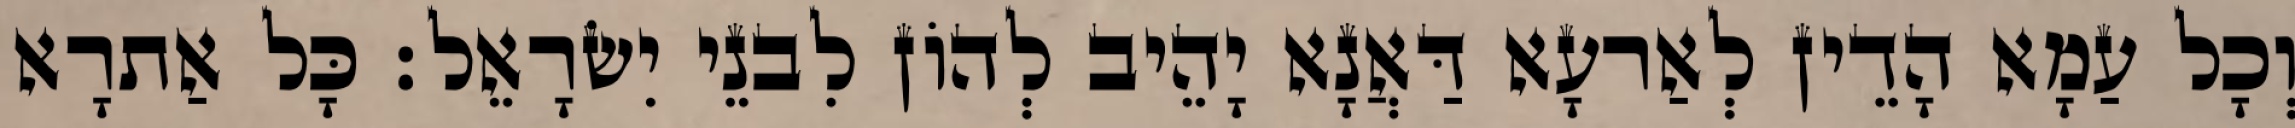
וְכָל עַמָא הָדֵין לְאַרעָא דַּאֲנָא יָהֵיב לְהוֹן לִבנֵי יִשׂרָאֵל׃ כָּל אַתרָא